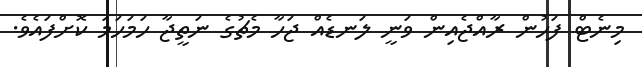
މިނެޓް ފަހުން ރާއްޖެއިން ވަނީ ލަނޑެއް ޖަހާ މެޗުގެ ނަތީޖާ ހަމަހަމަ ކޮށްފައެވެ.